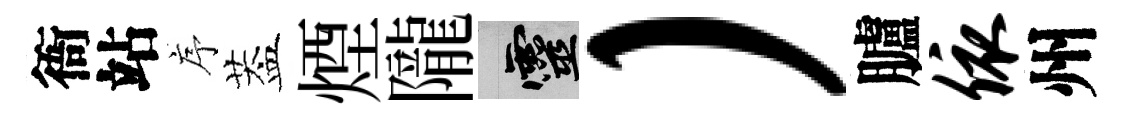
衙站序葢煙隴靈）臚依州